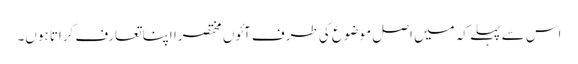
اس سے پہلے کہ میں اصل موضوع کی طرف آئوں مختصراً اپنا تعارف کراتا ہوں۔